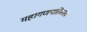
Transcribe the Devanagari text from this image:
महागणपतिस्तव